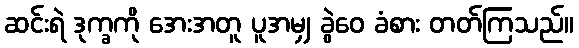
ဆင်းရဲ ဒုက္ခကို အေးအတူ ပူအမျှ ခွဲဝေ ခံစား တတ်ကြသည်။